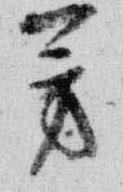
芳